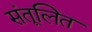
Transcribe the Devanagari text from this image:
संतूलित